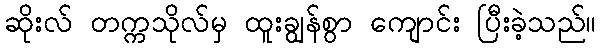
ဆိုးလ် တက္ကသိုလ်မှ ထူးချွန်စွာ ကျောင်း ပြီးခဲ့သည်။